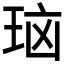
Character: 𰡻